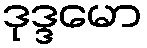
ဒုဒ္ဒမော